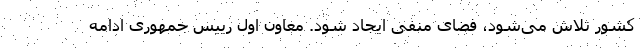
کشور تلاش می‌شود، فضای منفی ایجاد شود. معاون اول رییس جمهوری ادامه